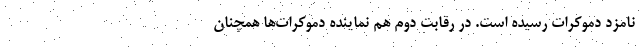
نامزد دموکرات رسیده است. در رقابت دوم هم نماینده دموکرات‌ها همچنان